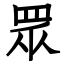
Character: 眾